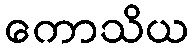
ကောသိယ